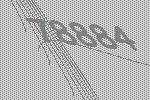
78884